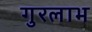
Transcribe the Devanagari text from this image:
गुरलाभ